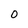
Character: 0